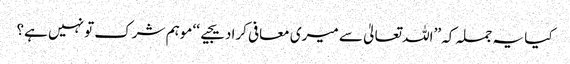
کیا یہ جملہ کہ ’’اللہ تعالیٰ سے میری معافی کرادیجیے‘‘ موہم شرک تو نہیں ہے؟